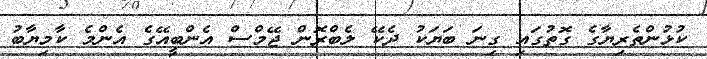
ކުޅުންތެރިޔާގެ ގޮތުގައި ގިނަ ބަޔަކު ދެކޭ ލެބްރޮން ޖޭމްސް އެންބީއޭގެ އެންމެ ކާމިޔާބު